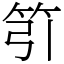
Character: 䇙